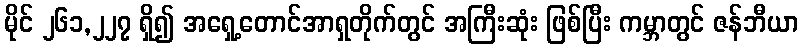
မိုင် ၂၆၁,၂၂၇ ရှိ၍ အရှေ့တောင်အာရှတိုက်တွင် အကြီးဆုံး ဖြစ်ပြီး ကမ္ဘာတွင် ဇန်ဘီယာ